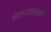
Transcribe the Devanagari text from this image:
किल्यांप्रमाणे